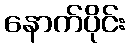
နောက်ပိုင်း